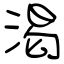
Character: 渇